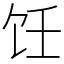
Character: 饪